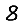
Digit: 8